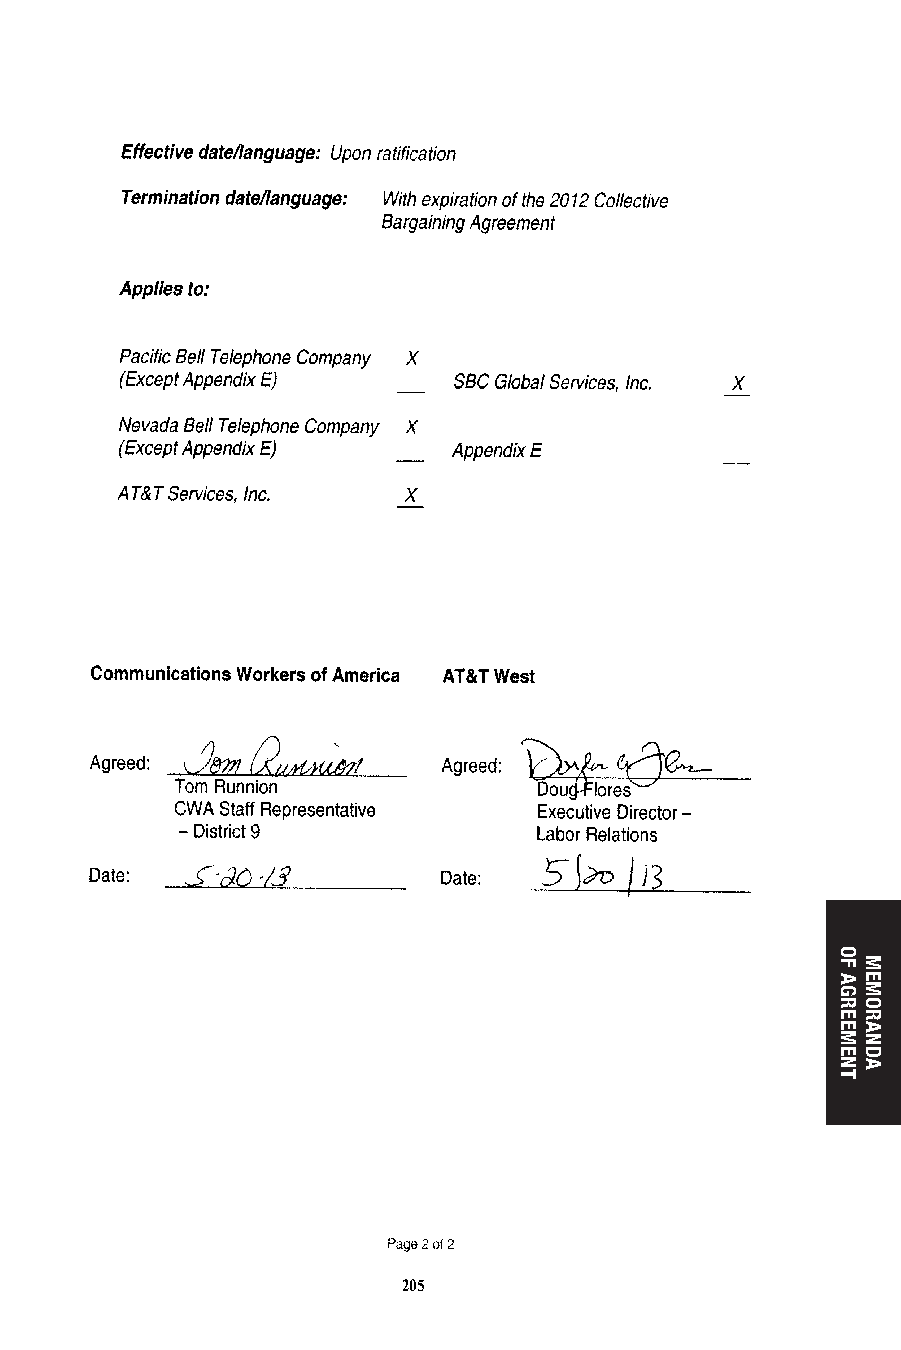
204                         205
 OF
 AGREEMENT
 MEMORANDA